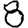
Digit: 8